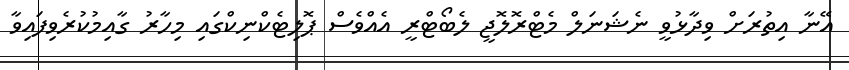
އޭނާ އިތުރަށް ވިދާޅުވީ ނެޝަނަލް މެޓްރޮލޮޖީ ލެބޯޓްރީ އެއްވެސް ޕޮލިޓެކްނިކްގައި މިހާރު ގާއިމުކުރެވިފައިވާ